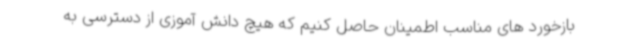
بازخورد های مناسب اطمینان حاصل کنیم که هیچ دانش آموزی از دسترسی به